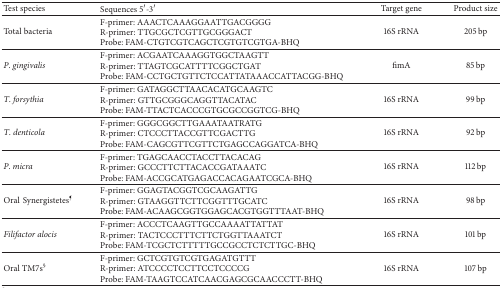
| Test species | Sequences 5′-3′ | Target gene | Product size |
 | --- | --- | --- | --- |
 | Total bacteria | F-primer: AAACTCAAAGGAATTGACGGGGR-primer: TTGCGCTCGTTGCGGGACTProbe: FAM-CTGTCGTCAGCTCGTGTCGTGA-BHQ | 16S rRNA | 205 bp |
 | P. gingivalis | F-primer: ACGAATCAAAGGTGGCTAAGTTR-primer: TTAGTCGCATTTTCGGCTGATProbe: FAM-CCTGCTGTTCTCCATTATAAACCATTACGG-BHQ | fimA | 85 bp |
 | T. forsythia | F-primer: GATAGGCTTAACACATGCAAGTCR-primer: GTTGCGGGCAGGTTACATACProbe: FAM-TTACTCACCCGTGCGCCGGTCG-BHQ | 16S rRNA | 99 bp |
 | T. denticola | F-primer: GGGCGGCTTGAAATAATRATGR-primer: CTCCCTTACCGTTCGACTTGProbe: FAM-CAGCGTTCGTTCTGAGCCAGGATCA-BHQ | 16S rRNA | 92 bp |
 | P. micra | F-primer: TGAGCAACCTACCTTACACAGR-primer: GCCCTTCTTACACCGATAAATCProbe: FAM-ACCGCATGAGACCACAGAATCGCA-BHQ | 16S rRNA | 112 bp |
 | OralSynergistetes¶ | F-primer: GGAGTACGGTCGCAAGATTGR-primer: GTAAGGTTCTTCGGTTTGCATCProbe: FAM-ACAAGCGGTGGAGCACGTGGTTTAAT-BHQ | 16S rRNA | 98 bp |
 | Filifactor alocis | F-primer: ACCCTCAAGTTGCCAAAATTATTATR-primer: TACTCCCTTTCTTCTGGTTAAATCTProbe: FAM-TCGCTCTTTTTGCCGCCTCTCTTGC-BHQ | 16S rRNA | 101 bp |
 | Oral TM7s§ | F-primer: GCTCGTGTCGTGAGATGTTTR-primer: ATCCCCTCCTTCCTCCCCGProbe: FAM-TAAGTCCATCAACGAGCGCAACCCTT-BHQ | 16S rRNA | 107 bp |